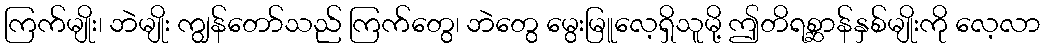
ကြက်မျိုး၊ ဘဲမျိုး ကျွန်တော်သည် ကြက်တွေ၊ ဘဲတွေ မွေးမြူလေ့ရှိသူမို့ ဤတိရစ္ဆာန်နှစ်မျိုးကို လေ့လာ